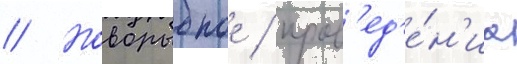
// Новорыбное / пров'ед'е́н'иа